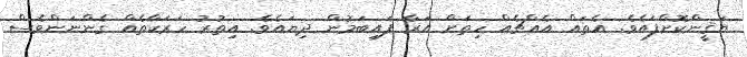
ޔަޤީންކޮށްފައެވެ. އެތައް އެއްޗެއް ހިތަށް އަރާ ފައިބަމުން ދިޔައެވެ. އިތުރު ހަރަކާތެއް ގެންނަންވެސް